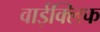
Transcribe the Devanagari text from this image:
वाईक्लिफ